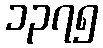
၁၃၇၅